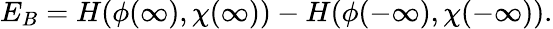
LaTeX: E_{B}=H(\phi(\infty),\chi(\infty))-H(\phi(-\infty),\chi(-\infty)).